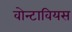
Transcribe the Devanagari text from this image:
वोन्टावियस